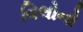
વિલોનો